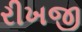
રીખજી